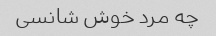
چه مرد خوش شانسی